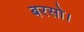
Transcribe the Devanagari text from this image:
बरसो।